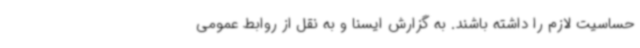
حساسیت لازم را داشته باشند. به گزارش ایسنا و به نقل از روابط عمومی